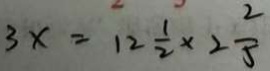
3 x = 1 2 \frac { 1 } { 2 } \times 2 \frac { 2 } { 5 }